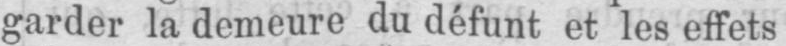
garder la demeure du défunt et les effets